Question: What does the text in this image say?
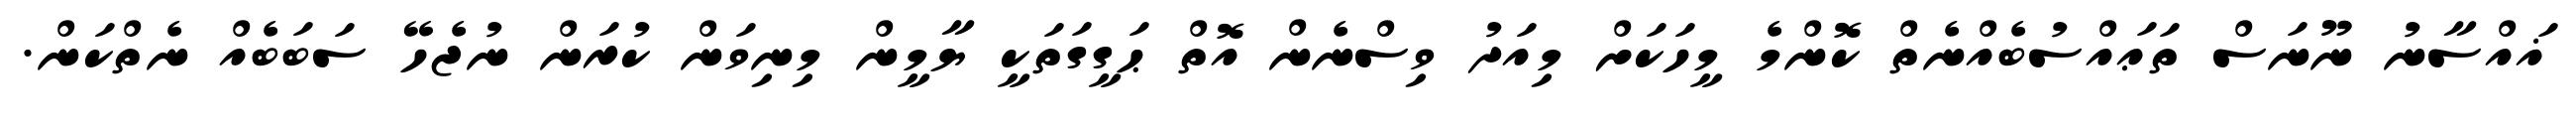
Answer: ޣައްސާނު ނޫނަސް ތަޢައްސުބެއްނެތް ކޮންމެ މީހަކަށް މިއަދު ވިސްނެން އޮތް ޙަގީގަތަކީ ޔާމީން މިނިވަން ކުރަން ނުޖެހޭ ސަބަބެއް ނެތްކަން.